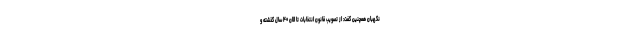
نگهبان همچنین گفت: از تصویب قانون انتخابات تا الان ۴۰ سال گذشته و